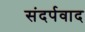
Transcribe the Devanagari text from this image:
संदर्पवाद